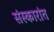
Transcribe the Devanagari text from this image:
संस्कारांत